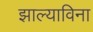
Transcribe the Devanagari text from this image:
झाल्याविना